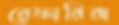
রেফারিরা